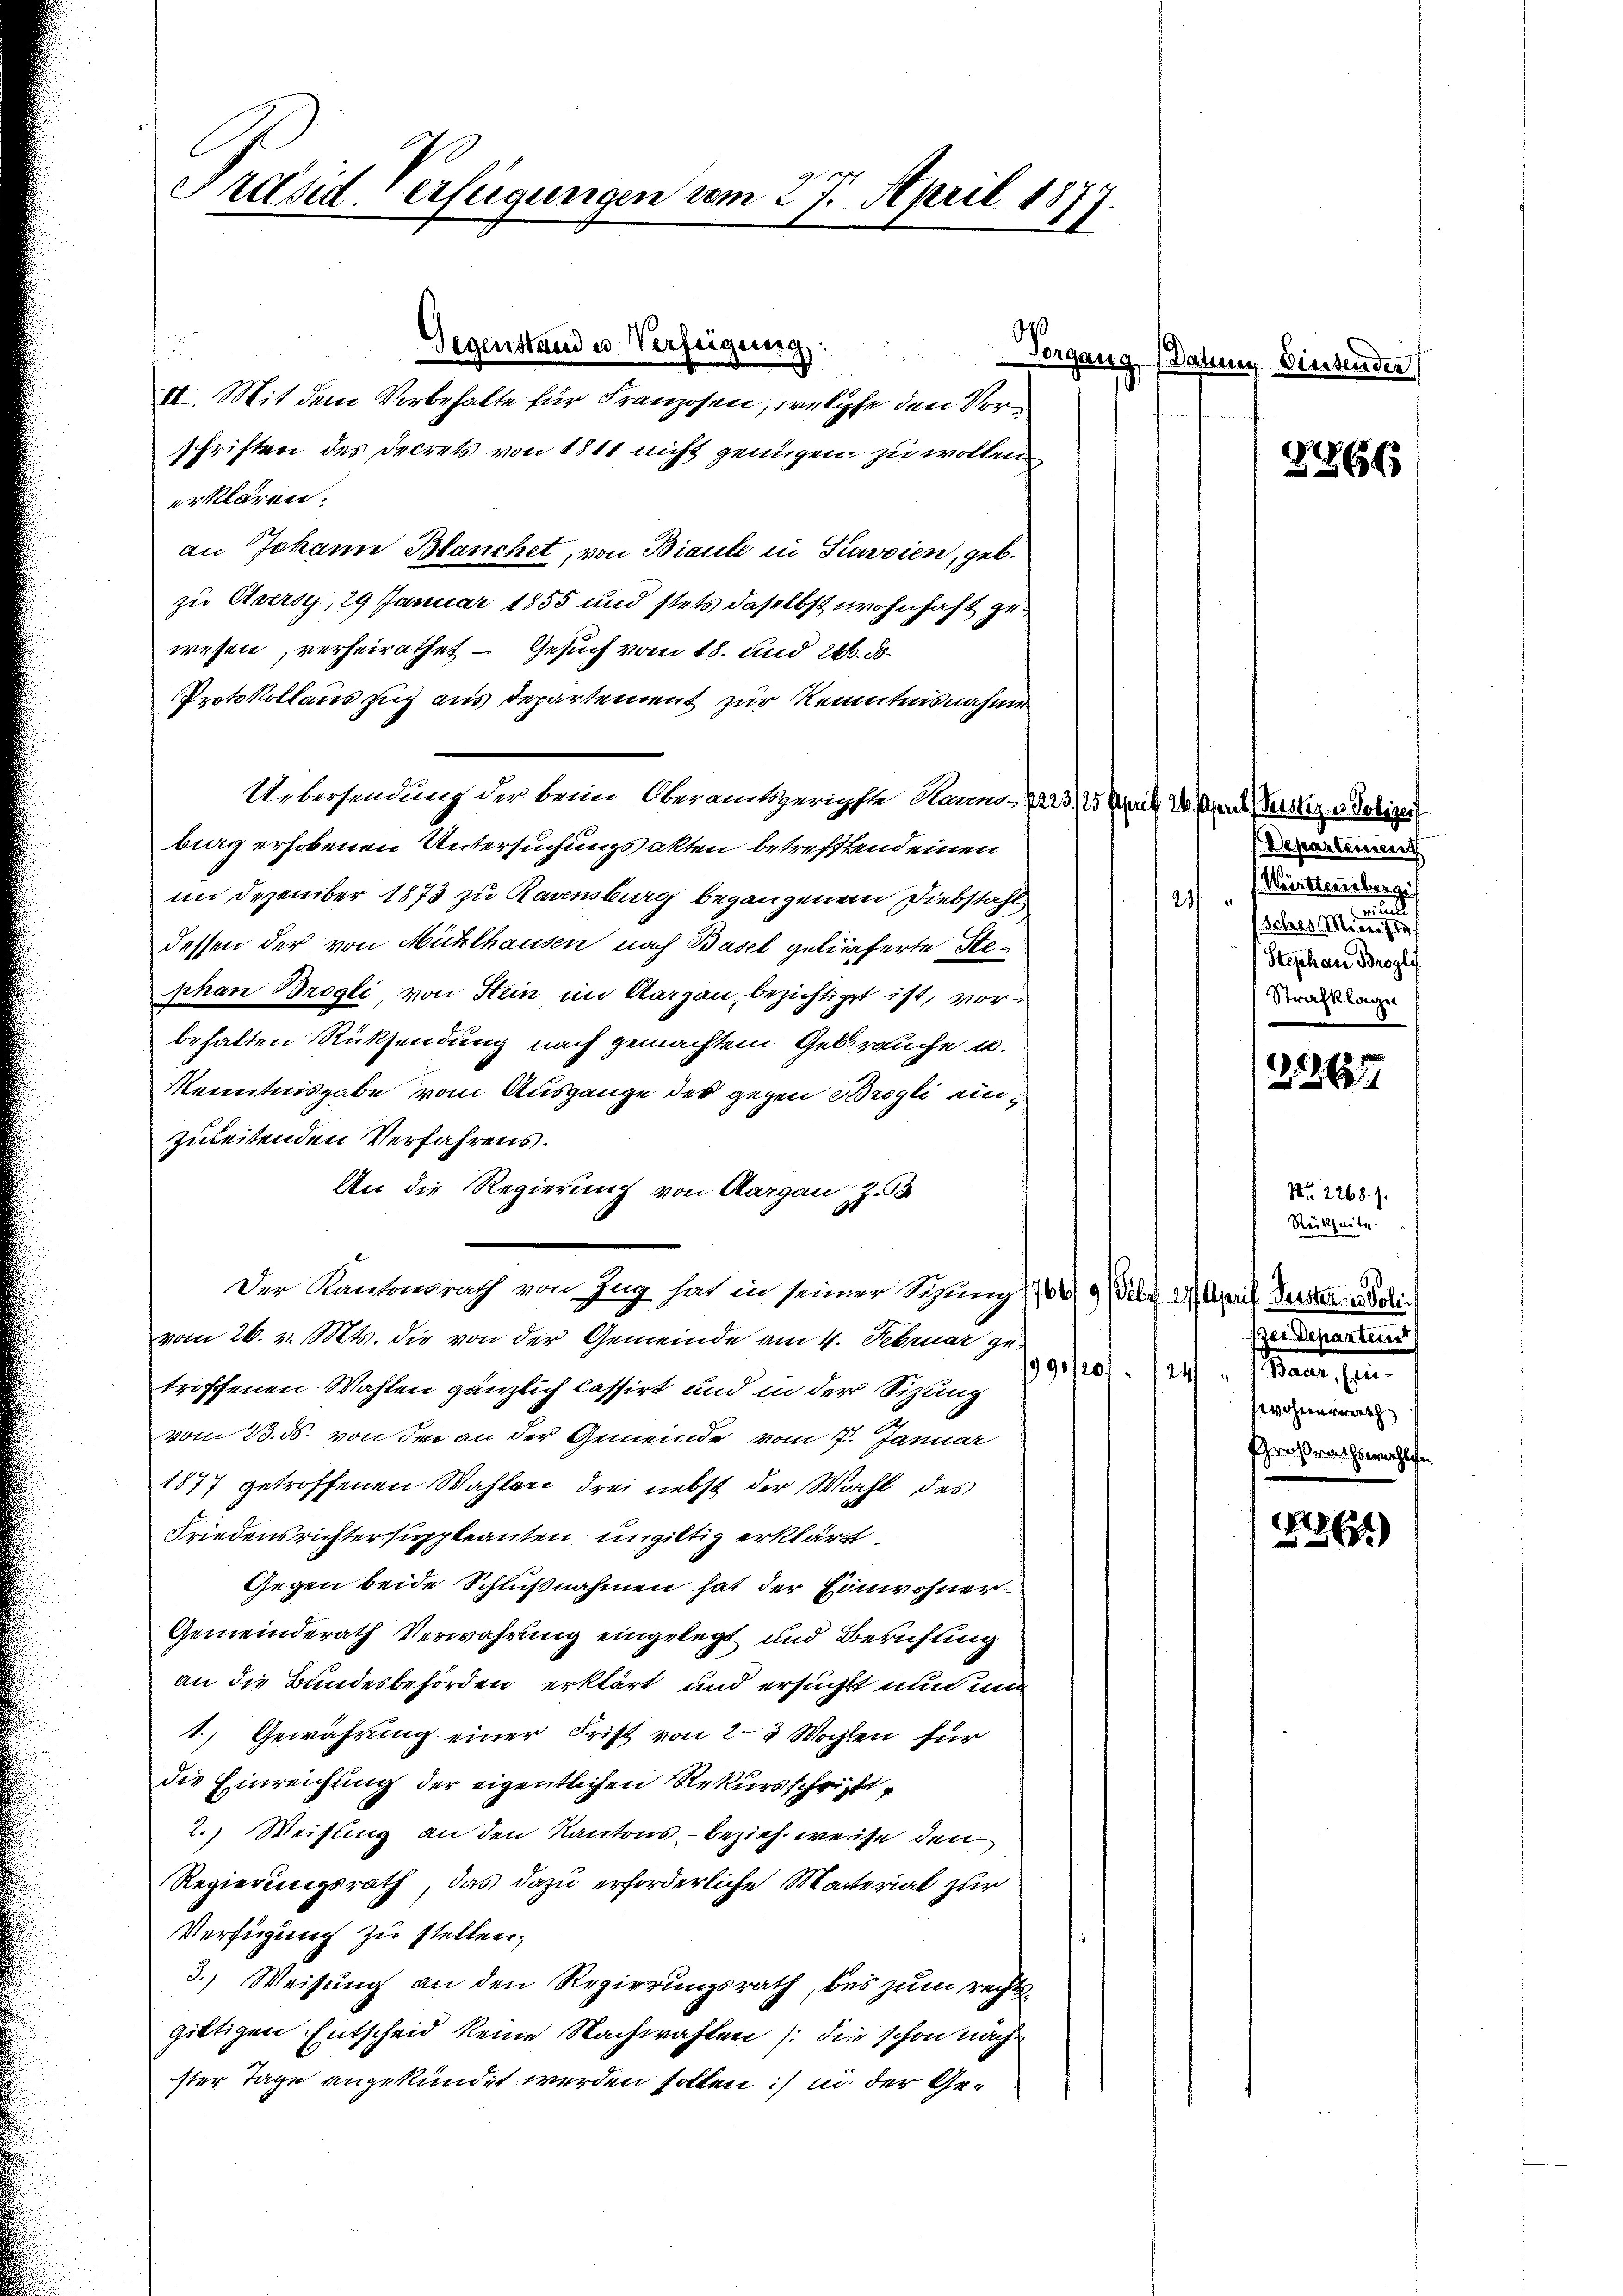
Präsid. Verfügungen vom 27. April 1877.

II. Mit dem Vorbehalte für Franzosen, welche den Vorschriften des Decrets von 1811 nicht genügen zu wollen
erklären.
an Johann Blanchet, von Biante in Savoien, geb.
zu Auersg, 29 Januar 1855 und stets daselbst wohnhaft gewesen, verheirathet — Gesuch vom 18. und 24. ds.
Protokollaus zug aus Departement zur Kenntnisnahme
Uebersendung der beim Oberamtsgerichste Raum- 7223/ 15 Schreit 20. April ersterer Polizei
big erhobenen Untersuchungsakten betrefftend einen
im Dezember 1873 zu Ravensburg begangenen Diebstahl
dessen der von Mühlhausen nach Basel gelieferte Stephan Brogli, von Stein im Aargau, bezichtigt ist, vorbehalten Rücksendung nach gemachtem Gebrauche u.
Kenntnisgabe vom Ausgange des gegen Brogli einzuleitenden Verfahrens.
An die Regierung von Aargau, Z.
Der Kantonsrath von Zug hat in seiner Sizung (764 9 Febr. 27. April Verster Polivom 26. v. Mts. die von der Gemeinde am 4. Februar ge¬
990/207.
troffenen Wahlen gänzlich cassirt und in der Sitzung
vom 23. ds. von der an der Gemeinde vom 7. Januar
1877 getroffenen Wahlen drei nebst der Wahl des
Friedensrichter suppleanten ungültig erklärt.
Gegen beide Schlußnahmen hat der Einwohner¬
Gemeinderath Verwahrung eingelegt und Berufung
an die Bundesbehörden erklärt und ersucht nun mu
1.) Gewährung einer Frist von 2-3 Wochen für
die Einreichung der eigentlichen Rekursschrifft,
2.) Weisung an den Kantons, – bezieh, weise den
Regierungsrath, das dazu erforderliche Material zur
Verfügung zu stellen;
3.) Weisung an den Regierungsrath, bei zum rechtsgittigen Entscheid keine Nachwahlen (die schon nach
ster Tage angekündet werden sollen:/ in der Ge¬

Gegenstand u. Verfügung:

Departement
Württembergi
2
e
(sches Ministe
Stephan Brogli
Strafklagen

Vorgang (Datum Diesenden

2266

21261

No. 2268. 7.
Rückseite.
zer Departement
i. Mann sein
wohnerrath
Großrathswahle

1264)